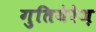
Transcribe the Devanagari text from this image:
गुतियेरेज़